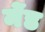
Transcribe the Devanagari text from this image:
मेंड